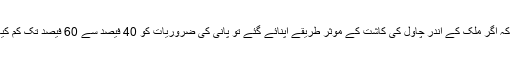
انہوں نے کہا کہ اگر ملک کے اندر چاول کی کاشت کے موثر طریقے اپنائے گئے تو پانی کی ضروریات کو 40 فیصد سے 60 فیصد تک کم کیا جا سکتا ہے۔